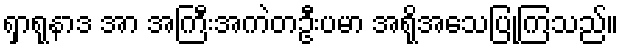
ရှာရုနာဒ အာ အကြီးအကဲတဦးပမာ အရိုအသေပြုကြသည်။